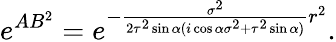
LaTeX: e^{AB^{2}}=e^{-\frac{\sigma^{2}}{2\tau^{2}\sin{\alpha}(i\cos\alpha\sigma^{2}+\tau^{2}\sin{\alpha})}r^{2}}.